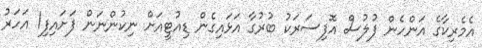
އެމެރިކާގެ އަންހެން ފުލުސް އޮފިސަރަކު ބުރުގާ އަޅައިގެން ޑިއުޓީއަށް ނިކުންނަން ފަށައިފި1 އަހަރު